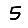
Digit: 5